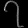
Digit: ၇